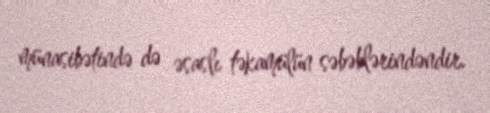
münasibətində də əsaslı təkamülün səbəblərindəndir.